Civil Veterinary Department. United Provinces 1932-42 - 1932-1942
Year: 1932
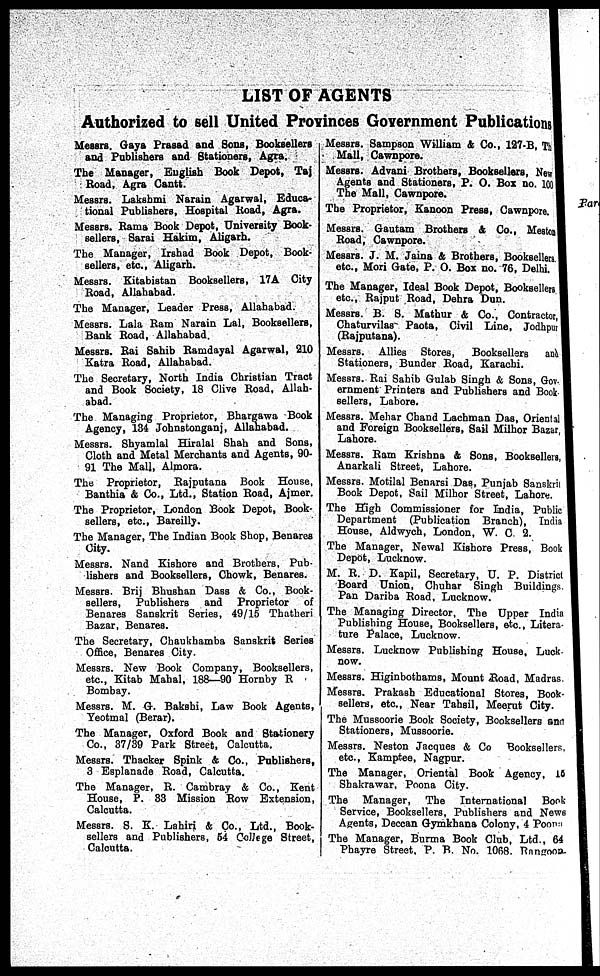
LIST OF AGENTS
Authorized to sell United Provinces Government Publications
Messrs. Gaya Prasad and Sons, Booksellers
and Publishers and Stationers, Agra.
The Manager, English Book Depot, Taj
Road, Agra Cantt.
Messrs. Lakshmi Narain Agarwal, Educa-
tional Publishers, Hospital Road, Agra.
Messrs. Rama Book Depot, University Book-
sellers, Sarai Hakim, Aligarh.
The Manager, Irshad Book Depot, Book-
sellers, etc., Aligarh.
Messrs. Kitabistan Booksellers, 17A City
Road, Allahabad.
The Manager, Leader Press, Allahabad.
Messrs. Lala Ram Narain Lal, Booksellers,
Bank Road, Allahabad.
Messrs. Rai Sahib Ramdayal Agarwal, 210
Katra Road, Allahabad.
The Secretary, North India Christian Tract
and Book Society, 18 Clive Road, Allah-
abad.
The Managing Proprietor, Bhargawa Book
Agency, 134 Johnstonganj, Allahabad.
Messrs. Shyamlal Hiralal Shah and Sons,
Cloth and Metal Merchants and Agents, 90-
91 The Mall, Almora.
The Proprietor, Rajputana Book House,
Banthia & Co., Ltd., Station Road, Ajmer.
The Proprietor, London Book Depot, Book-
sellers, etc., Bareilly.
The Manager, The Indian Book Shop, Benares
City.
Messrs. Nand Kishore and Brothers, Pub-
lishers and Booksellers, Chowk, Benares.
Messrs. Brij Bhushan Dass & Co., Book-
sellers, Publishers and Proprietor of
Benares Sanskrit Series, 49/15 Thatheri
Bazar, Benares.
The Secretary, Chaukhamba Sanskrit Series
Office, Benares City.
Messrs. New Book Company, Booksellers,
etc., Kitab Mahal, 188—90 Hornby R
Bombay.
Messrs. M. G. Bakshi, Law Book Agents,
Yeotmal (Berar).
The Manager, Oxford Book and Stationery
Co., 37/39 Park Street, Calcutta.
Messrs. Thacker Spink & Co., Publishers,
3 Esplanade Road, Calcutta.
The Manager, R. Cambray & Co., Kent
House, P. 33 Mission Row Extension,
Calcutta.
Messrs. S. K. Lahiri & Co., Ltd., Book-
sellers and Publishers, 54 College Street,
Calcutta.
Messrs. Sampson William & Co., 127-B, Th
Mall, Cawnpore.
Messrs. Advani Brothers, Booksellers, New
Agents and Stationers, P. O. Box no. 100
The Mall, Cawnpore.
The Proprietor, Kanoon Press, Cawnpore.
Messrs. Gautam Brothers &Co., Meston
Road, Cawnpore.
Messrs. J. M. Jaina & Brothers, Booksellers
etc., Mori Gate, P. O. Box no. 76, Delhi.
The Manager, Ideal Book Depot, Booksellers
etc., Rajput Road, Dehra Dun.
Messrs. B. S. Mathur & Co., Contractor,
Chaturvilas- Paota, Civil Line, Jodhpur
(Rajputana).
Messrs. Allies Stores,
Booksellers and
Stationers, Bunder Road, Karachi.
Messrs. Rai Sahib Gulab Singh & Sons, Gov.
ernment Printers and Publishers and Book-
sellers, Lahore.
Messrs. Mehar Chand Lachman Das, Oriental
and Foreign Booksellers, Sail Milhor Bazar
Lahore.
Messrs. Ram Krishna & Sons, Booksellers,
Anarkali Street, Lahore.
Messrs. Motilal Benarsi Das, Punjab Sanskrit
Book Depot, Sail Milhor Street, Lahore.
The High Commissioner for India, Public
Department (Publication Branch), India
House, Aldwych, London, W. C. 2.
The Manager, Newal Kishore Press, Book
Depot, Lucknow.
M. R. D. Kapil, Secretary, U. P. District
Board Union, Chuhar Singh Buildings
Pan Dariba Road, Lucknow.
The Managing Director, The Upper India
Publishing House, Booksellers, etc., Litera-
ture Palace, Lucknow.
Messrs. Lucknow Publishing House, Luck-
now.
Messrs. Higinbothams, Mount Road, Madras.
Messrs. Prakash Educational Stores, Book-
sellers, etc., Near Tahsil, Meerut City.
The Mussoorie Book Society, Booksellers and
Stationers, Mussoorie.
Messrs. Neston Jacques & Co Booksellers,
etc., Kamptee, Nagpur.
The Manager, Oriental Book Agency, 15
Shakrawar, Poona City.
The Manager, The International Book-
Service, Booksellers, Publishers and News
Agents, Deccan Gymkhana Colony, 4 Poona.
The Manager, Burma Book Club, Ltd., 64
Phayre Street. P. B. No. 1068. Rangoon.